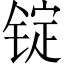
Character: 锭